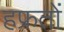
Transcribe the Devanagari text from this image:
हफ्रतों